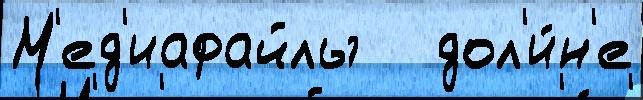
М'ед'иафайлы   дол'и́н'е